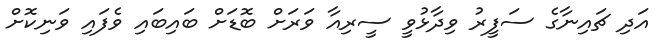
އަދި ޗައިނާގެ ސަފީރު ވިދާޅުވީ ސީރިއާ ވަރަށް ބޮޑަށް ބައިބައި ވެފައި ވަނިކޮށް